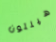
هيلتون